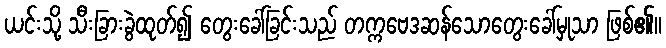
ယင်းသို့ သီးခြားခွဲထုတ်၍ တွေးခေါ်ခြင်းသည် တက္ကဗေဒဆန်သောတွေးခေါ်မှုသာ ဖြစ်၏။